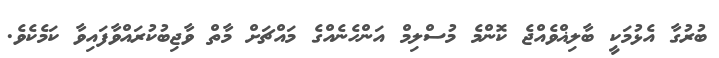
ބުރުގާ އެޅުމަކީ ބާލިޣްވެއްޖެ ކޮންމެ މުސްލިމް އަންހެނެއްގެ މައްޗަށް މާތް ވާޖިބުކުރައްވާފައިވާ ކަމެކެވެ.